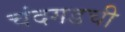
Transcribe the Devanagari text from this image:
चंदगडची